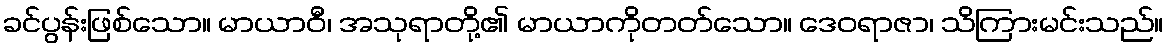
ခင်ပွန်းဖြစ်သော။ မာယာဝီ၊ အသုရာတို့၏ မာယာကိုတတ်သော။ ဒေဝရာဇာ၊ သိကြားမင်းသည်။